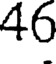
46